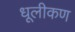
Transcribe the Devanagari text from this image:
धूलीकण